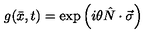
g ( \bar { x } , t ) = \exp \left( i \theta \hat { N } \cdot \vec { \sigma } \right)